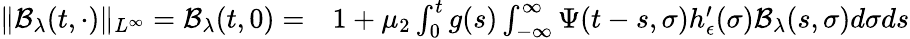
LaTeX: \begin{array}{rl}{\| \mathcal{B}_{\lambda}(t,\cdot)\| _{L^{\infty}}=\mathcal{B}_{\lambda}(t,0)=}&{{}1+\mu_{2}\int_{0}^{t}g(s)\int_{-\infty}^{\infty}\Psi(t-s,\sigma)h_{\epsilon}^{\prime}(\sigma)\mathcal{B}_{\lambda}(s,\sigma)d\sigma ds}\end{array}